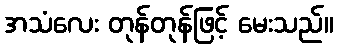
အသံလေး တုန်တုန်ဖြင့် မေးသည်။